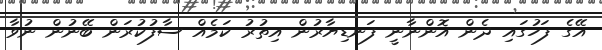
އޭގެ ފަހުގައި ދެން އޮންނާނީ ފަނޑިޔާރުން އިތުރު ކަމެއް ސާފުކުރަން ބޭނުން ނުވާ